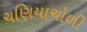
ચણિયાચોળી